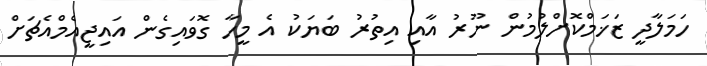
ހަމަލާދީ ޒަޚަމްކޮށްލުމުން ނޫރު އާއި އިތުރު ބަޔަކު އެ މީހާ ގޮވައިގެން އައިޖީއެމްއެޗަށް